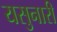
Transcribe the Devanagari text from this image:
यसुनारी